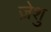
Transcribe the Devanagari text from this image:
ज़ेशु